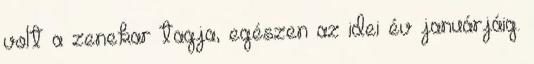
volt a zenekar tagja, egészen az idei év januárjáig.